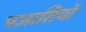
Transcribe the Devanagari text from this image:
पजातियों